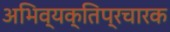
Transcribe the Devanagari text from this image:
अभिव्यक्तिप्रचारक